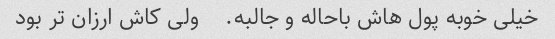
خیلی خوبه پول هاش باحاله و جالبه.    ولی کاش ارزان تر بود